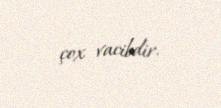
çox vacibdir.